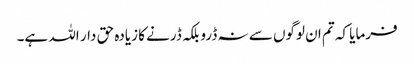
فرمایا کہ تم ان لوگوں سے نہ ڈرو بلکہ ڈرنے کا زیادہ حق دار اللہ ہے۔